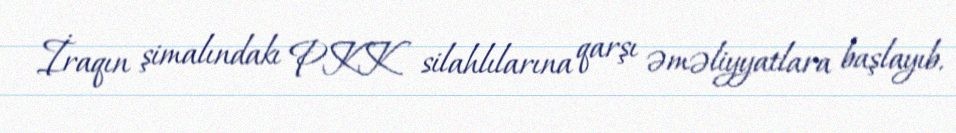
İraqın şimalındakı PKK silahlılarına qarşı əməliyyatlara başlayıb.